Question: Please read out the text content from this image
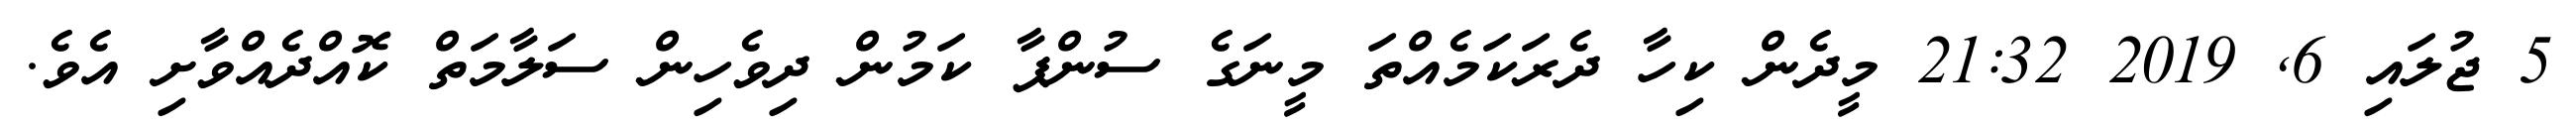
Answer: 5 ޖުލައި 6, 2019 21:32 މީދެން ކިހާ ދެރަކަމެއްތަ މީނަގެ ސުންޕާ ކަމުން ދިވެހިން ސަލާމަތް ކޮއްދެއްވާށި އެވެ.